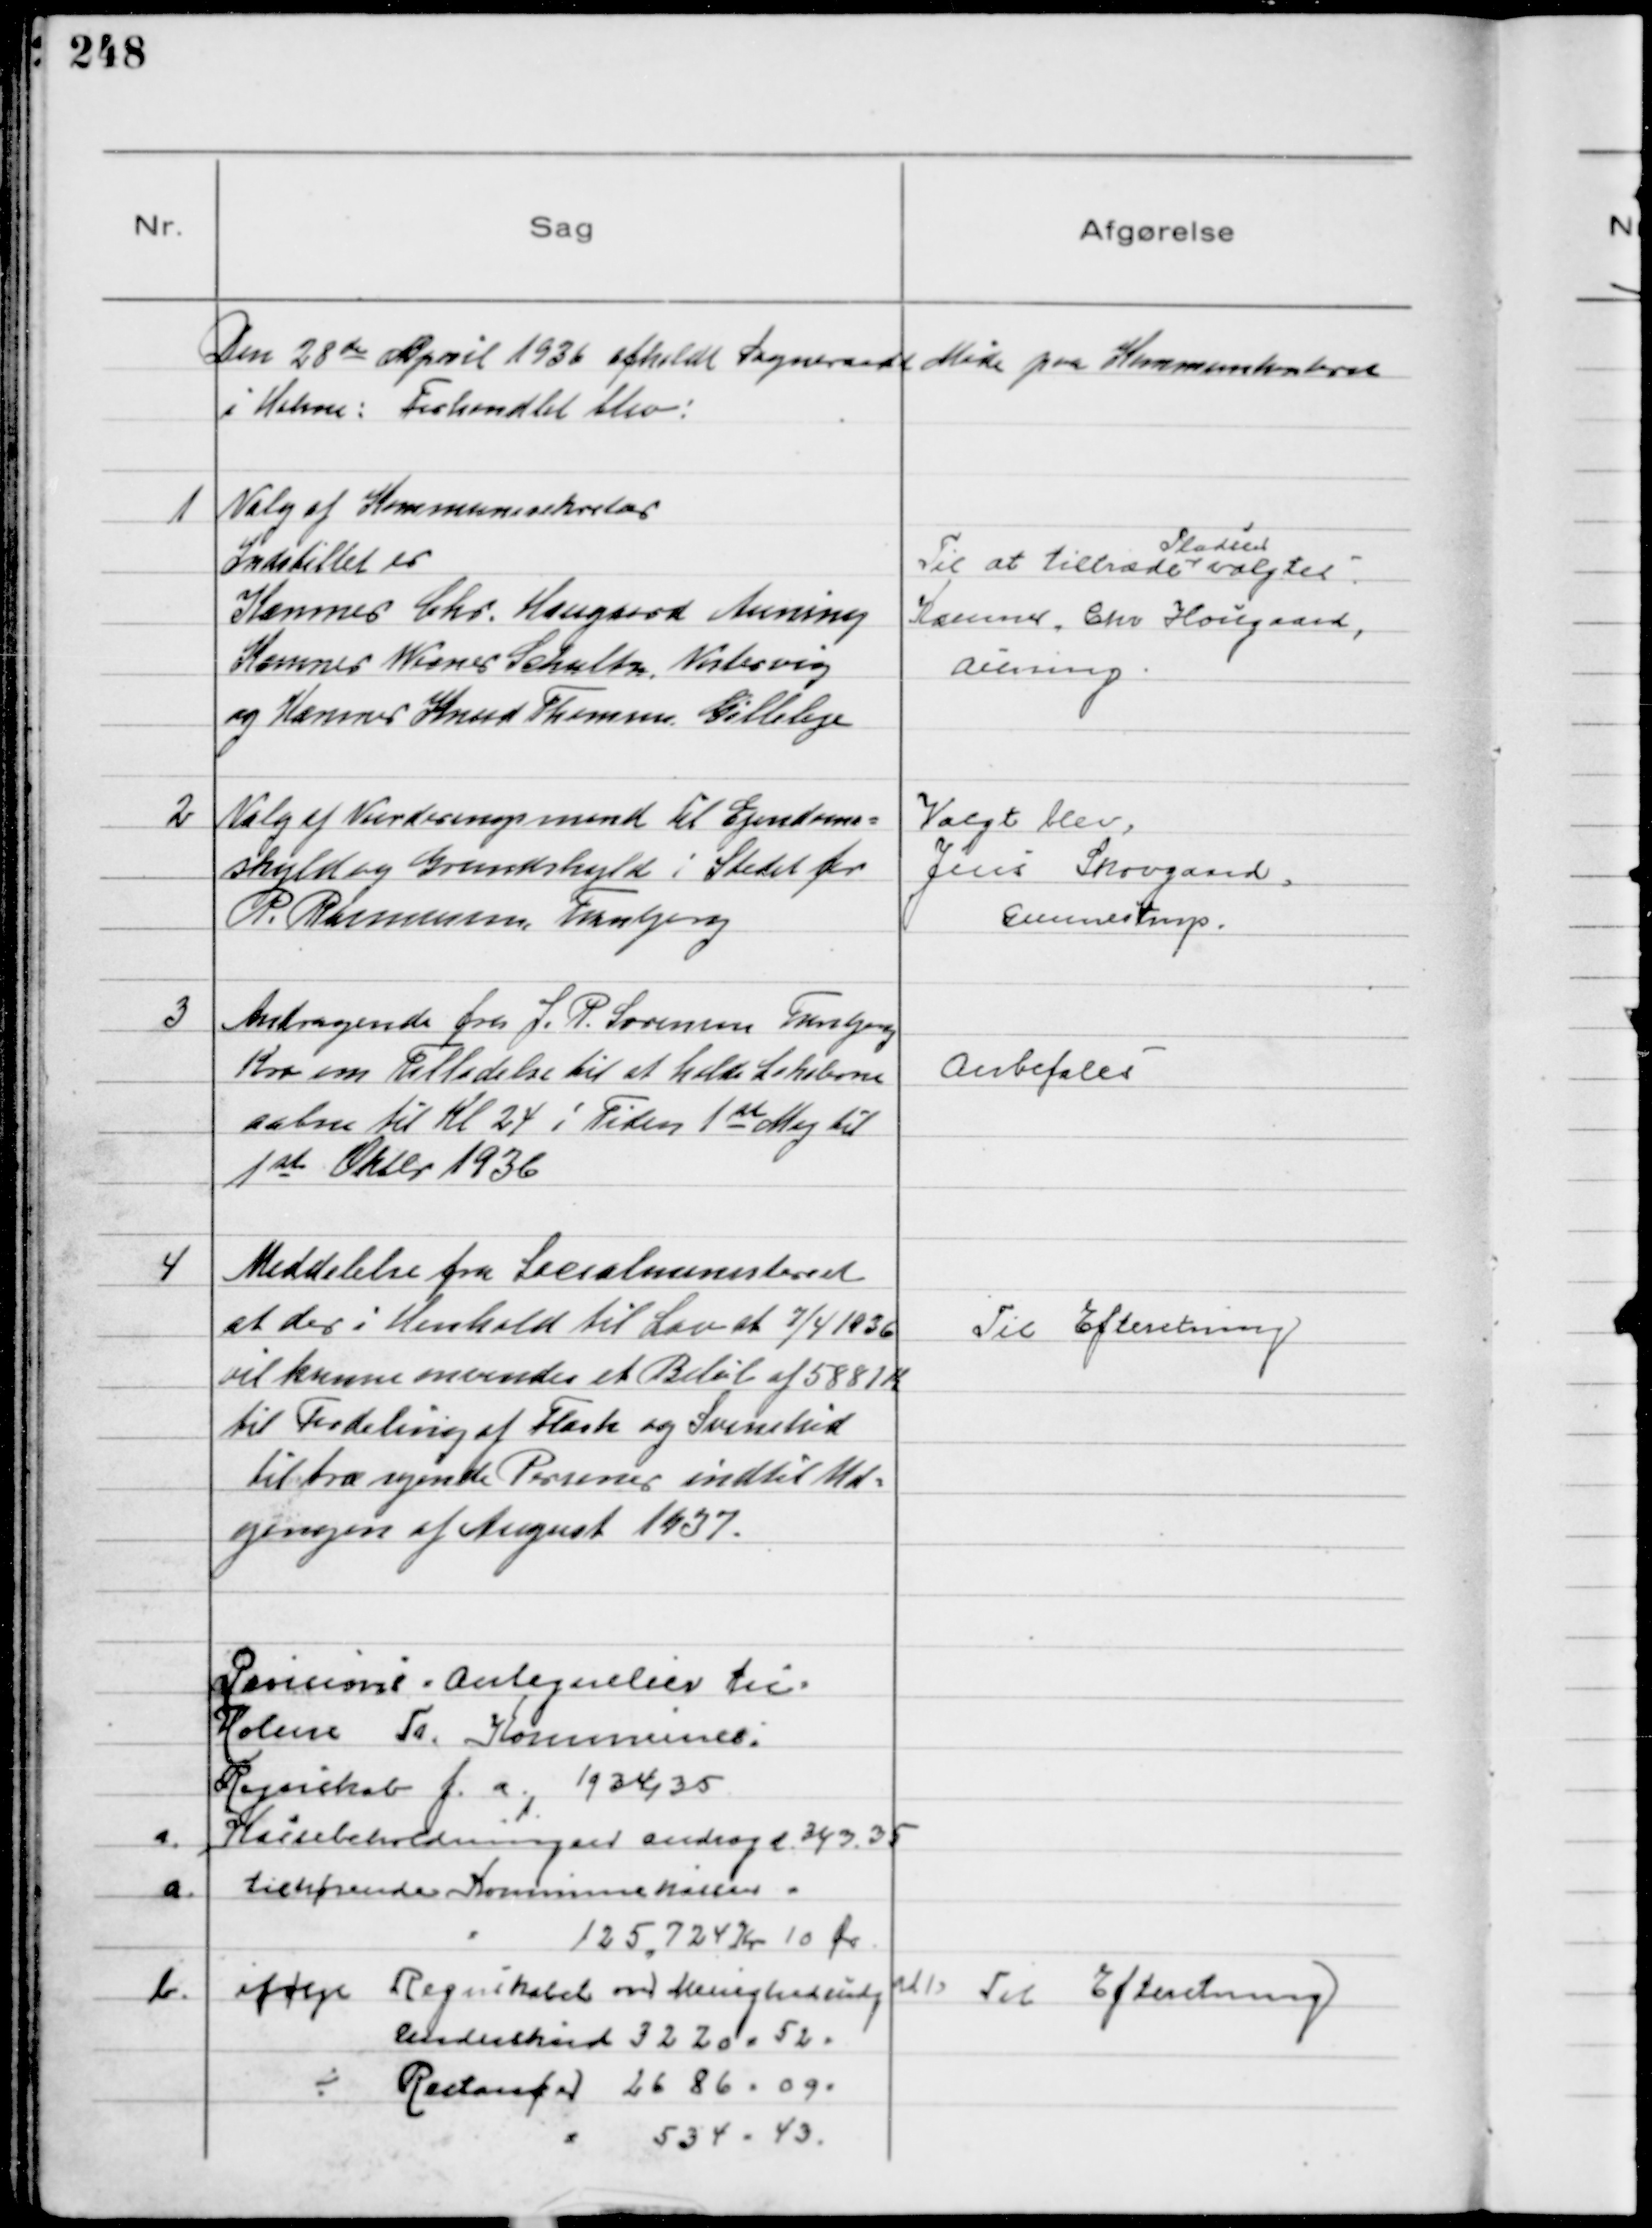
Transskription:
Den 28de April 1936 afholdt Sogneraadet Møde paa Kommunekontoret
i Holme: Forhandlet blev:

1
Valg af Kommunesekretær
Indstilllet er
Kæmner Chr. Haugaard Auning
Kæmner Werner Schultz, Vestervig
og Kæmner Knud Thomsen Gilleleje

Til at tiltræde
Pladsen
valgtes
Kæmner Chr Hougaard
Auning

2
Valg af Vurderingsmand til Ejendoms
skyld og Grundskyld i Stedet for
P. Rasmussen, Tranbjerg

Valgt blev,
Jens Skovgaard
Gunnestrup.

3
Andragende fra J. P. Sørensen Tranbjerg
Kro om Tilladelse til at holde Lokalerne
aabne til Kl 24 i Tiden 1st Maj til
1st Oktbr 1936

Anbefales

4
Meddelelse fra Socialministeriet
at der i Henhold til Lov af 7/4 1936
vil kunne anvendes et Beløb af 5881 K
til Fordeling af Flæsk og Svinekød
til trængende Personer indtil Ud-
gangen af August 1937.

Til Efteretning

Pevisions Antegnelser til
Holme Tr. Kommunes
Regnskab f.a. 1934/ 35
a. Kassebeholdningen androg d. 31/3. 35
a. tilhørende Kommunekassen
125724 Kr 10 Øre
b. ifølge Regnskabet over Menighedsudg
Underskud 3220 - 52 -
÷ Restancer 2686 - 09 -
a 534 - 43

ad 1 Til Efteretning